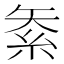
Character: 𥿅